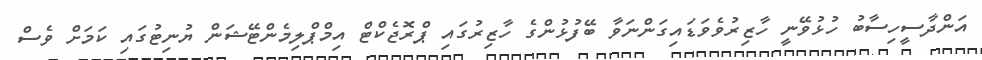
އަންދާސީހިސާބު ހުޅުވޭނީ ހާޒިރުވެވަޑައިގަންނަވާ ބޭފުޅުންގެ ހާޒިރުގައި ޕްރޮޖެކްޓް އިމްޕްލިމެންޓޭޝަން ޔުނިޓުގައި ކަމަށް ވެސް